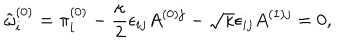
LaTeX: \tilde { \omega } _ { i } ^ { ( 0 ) } = \pi _ { i } ^ { ( 0 ) } - \frac { \kappa } { 2 } \epsilon _ { i j } A ^ { ( 0 ) j } - \sqrt { \kappa } \epsilon _ { i j } A ^ { ( 1 ) j } = 0 ,